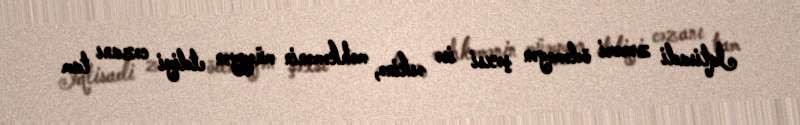
İqtisadi zərəri ödəməyən şəxsi isə əskinə, məhkəmənin müəyyən etdiyi cəzanı tam